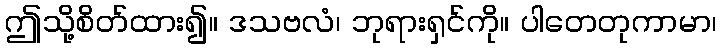
ဤသို့စိတ်ထား၍။ ဒသဗလံ၊ ဘုရားရှင်ကို။ ပါတေတုကာမာ၊